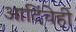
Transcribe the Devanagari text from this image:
आदिंचेही